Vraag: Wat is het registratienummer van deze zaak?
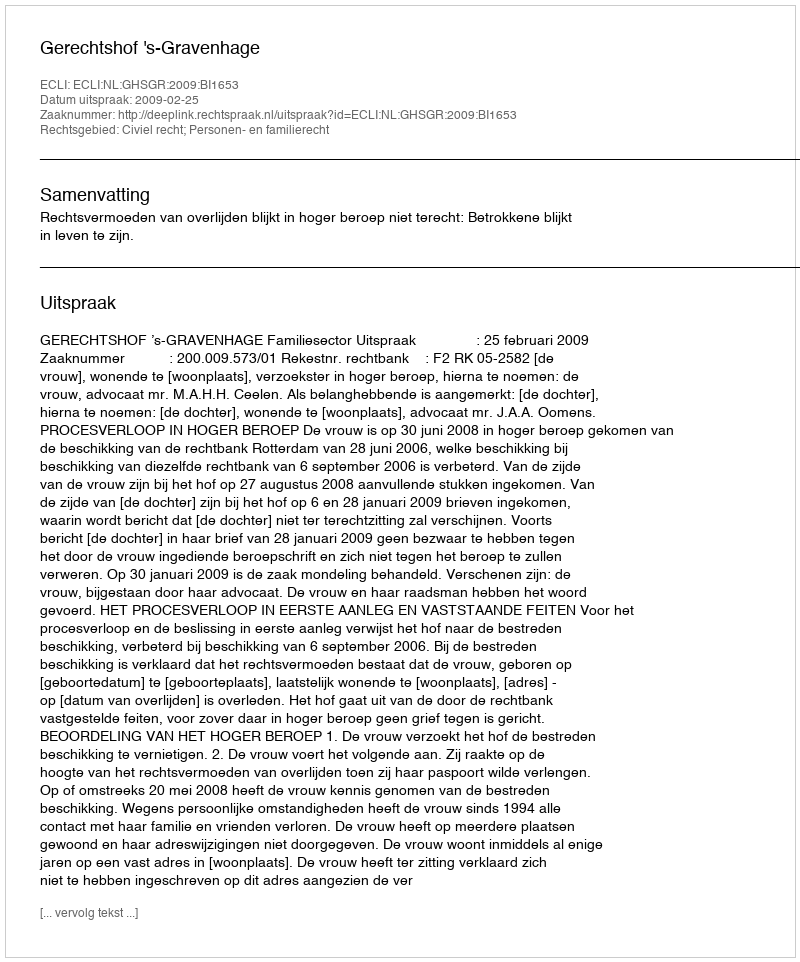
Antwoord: http://deeplink.rechtspraak.nl/uitspraak?id=ECLI:NL:GHSGR:2009:BI1653